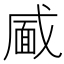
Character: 𮲎